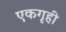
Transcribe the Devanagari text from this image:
एकगृही